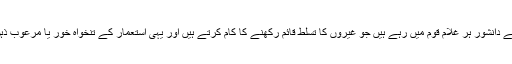
اقبال کے نزدیک ایسے غلامانہ ذہن کے دانشور ہر غلام قوم میں رہے ہیں جو غیروں کا تسلط قائم رکھنے کا کام کرتے ہیں اور یہی استعمار کے تنخواہ خور یا مرعوب ذہن قوموں کے زوال کا باعث رہے ہیں۔